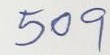
509